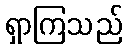
ရှာကြသည်